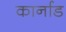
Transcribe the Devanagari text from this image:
कार्नाड